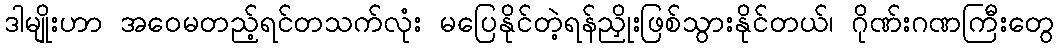
ဒါမျိုးဟာ အဝေမတည့်ရင်တသက်လုံး မပြေနိုင်တဲ့ရန်ညှိုးဖြစ်သွားနိုင်တယ်၊ ဂိုဏ်းဂဏကြီးတွေ